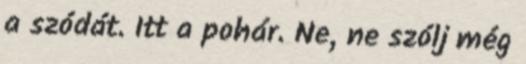
a szódát. Itt a pohár. Ne, ne szólj még